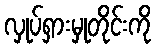
လှုပ်ရှားမှုတိုင်းကို